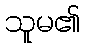
သူမ၏